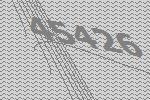
45426